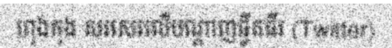
ហុងកុង សរសេរលើបណ្តាញធ្វីតធឺរ (Twitter)